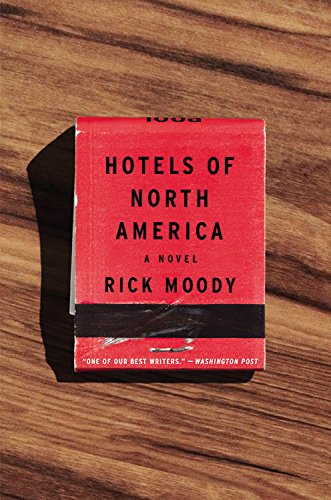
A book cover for Hotels of North America; Rick Moody; Literature & Fiction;